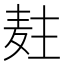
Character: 𱋍